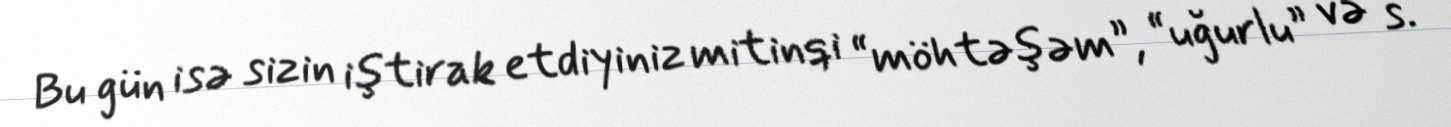
Bu gün isə sizin iştirak etdiyiniz mitinqi “möhtəşəm”, “uğurlu” və s.